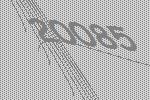
20085